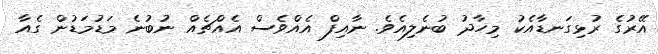
އޭރުގެ ރުޅިގަނޑާއެކު މިހާދު ބުނެލިއެވެ. ނާއިފް އެއްވެސް އެއްޗެއް ނުބުނެ މަޑުމަޑުން ގެއާ